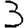
Digit: 3